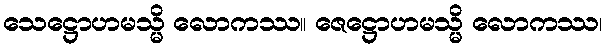
သေဋ္ဌောဟမသ္မိ လောကဿ။ ဇေဋ္ဌောဟမသ္မိ လောကဿ၊